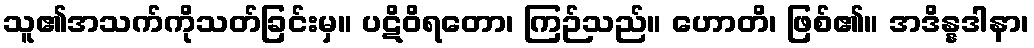
သူ၏အသက်ကိုသတ်ခြင်းမှ။ ပဋိဝိရတော၊ ကြဉ်သည်။ ဟောတိ၊ ဖြစ်၏။ အဒိန္နဒါနာ၊